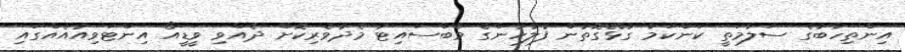
އިންތިހާބުގެ ސަލާމަތީ ކަންކަމާ ގުޅޭގޮތުން ފުލުހުންގެ ވެބްސައިޓު މެދުވެރިކޮށް ދެއްވި ވީޑީއޯ އިންޓަވިއުއެއްގައި